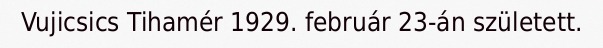
Vujicsics Tihamér 1929. február 23-án született.